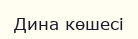
Дина көшесі